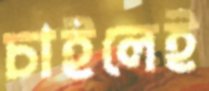
চাইলেই